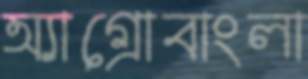
অ্যাগ্রোবাংলা